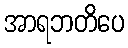
အာရဘတိပေ